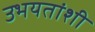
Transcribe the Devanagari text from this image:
उभयतांशी